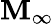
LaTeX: \mathbf{M}_{\infty}